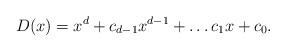
LaTeX: \begin{align*} D(x) = x^d + c_{d-1} x^{d-1} + \ldots c_1 x + c_0.\end{align*}